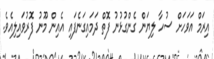
އިރަމް އަވަހަށް ސުހާ ލިޔަން ގެންގުޅުނު ފޮތް ދަމައިގަނެފައި އެއިން މޫނު ފޮރުވައިލިއެވެ.